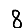
Digit: 8